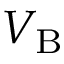
V _ { \mathrm { { B } } }